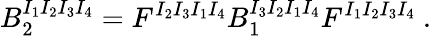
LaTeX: B_{2}^{I_{1}I_{2}I_{3}I_{4}}=F^{I_{2}I_{3}I_{1}I_{4}}B_{1}^{I_{3}I_{2}I_{1}I_{4}}F^{I_{1}I_{2}I_{3}I_{4}}\ .